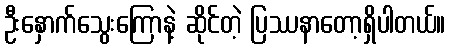
ဦးနှောက်သွေးကြောနဲ့ ဆိုင်တဲ့ ပြဿနာတော့ရှိပါတယ်။